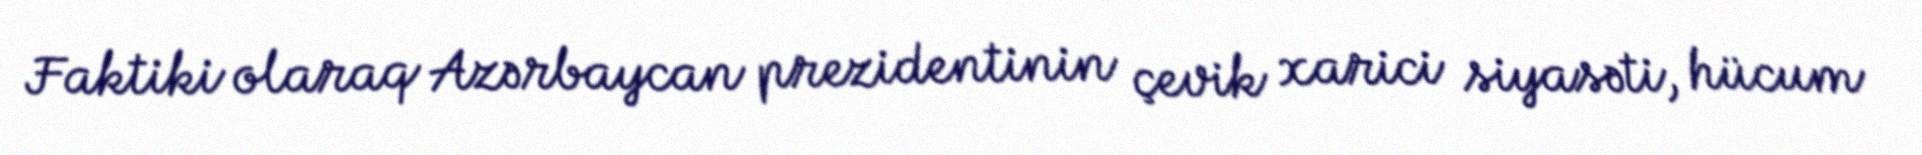
Faktiki olaraq Azərbaycan prezidentinin çevik xarici siyasəti, hücum